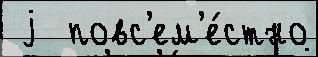
 j  повс'ем'е́стно